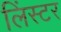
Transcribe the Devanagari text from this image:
लिंस्टर